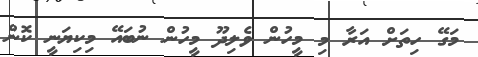
މަގޭ ހިތަށް އަރާ މި މީހުން ވެލިދޫ މީހުން ނުބައޭ މިކިޔަނީ ކޮން